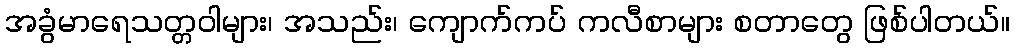
အခွံမာရေသတ္တဝါများ၊ အသည်း၊ ကျောက်ကပ် ကလီစာများ စတာတွေ ဖြစ်ပါတယ်။